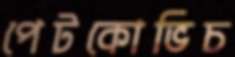
পেটকোভিচ